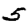
Digit: 5